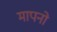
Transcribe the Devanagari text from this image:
मापनो